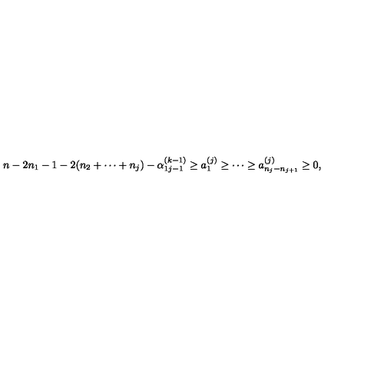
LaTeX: \begin{array} { l } { n - 2 n _ { 1 } - 1 - 2 ( n _ { 2 } + \cdots + n _ { j } ) - \alpha _ { 1 j - 1 } ^ { ( k - 1 ) } \geq a _ { 1 } ^ { ( j ) } \geq \cdots \geq a _ { n _ { j } - n _ { j + 1 } } ^ { ( j ) } \geq 0 , } \\ \end{array}